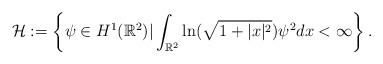
LaTeX: \begin{align*}\mathcal{H}:=\left\{ \psi\in H^{1}(\mathbb{R}^{2})|\int_{\mathbb{R}^{2}}\ln (\sqrt{1+|x|^{2}})\psi^{2}dx<\infty \right\}. \end{align*}